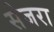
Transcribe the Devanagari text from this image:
सेजरा